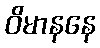
ဝိမာနနေ